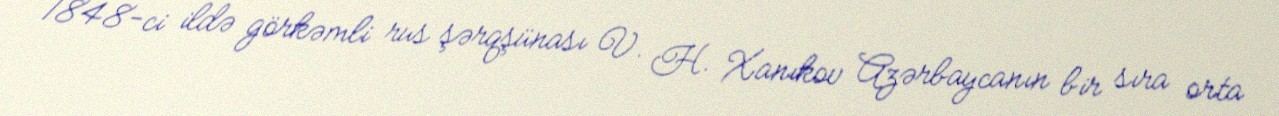
1848-ci ildə görkəmli rus şərqşünası V. H. Xanıkov Azərbaycanın bir sıra orta